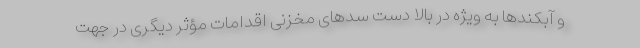
و آبکندها به ویژه در بالا دست سد‌های مخزنی اقدامات مؤثر دیگری در جهت